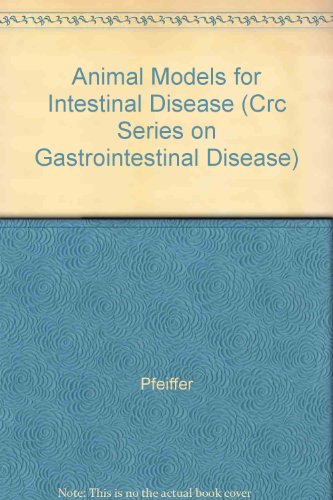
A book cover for Series Gastrointestinal Diseas: Animal Models For Intestinal Disease (Crc Series on Gastrointestinal Disease); Medical Books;